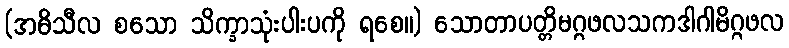
(အဓိသီလ စသော သိက္ခာသုံးပါးပကို ရစေ။) သောတာပတ္တိမဂ္ဂဖလသကဒါဂါမိဂ္ဂဖလ